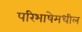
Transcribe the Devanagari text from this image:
परिभाषेमधील